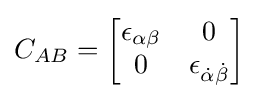
C_{AB}={\begin{bmatrix}\epsilon _{\alpha \beta }&0\\0&\epsilon _{{\dot {\alpha }}{\dot {\beta }}}\end{bmatrix}}